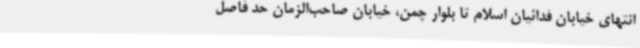
انتهای خیابان فدائیان اسلام تا بلوار چمن، خیابان صاحب‌الزمان حد فاصل